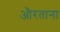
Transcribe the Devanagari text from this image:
औरताना